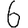
Digit: 6